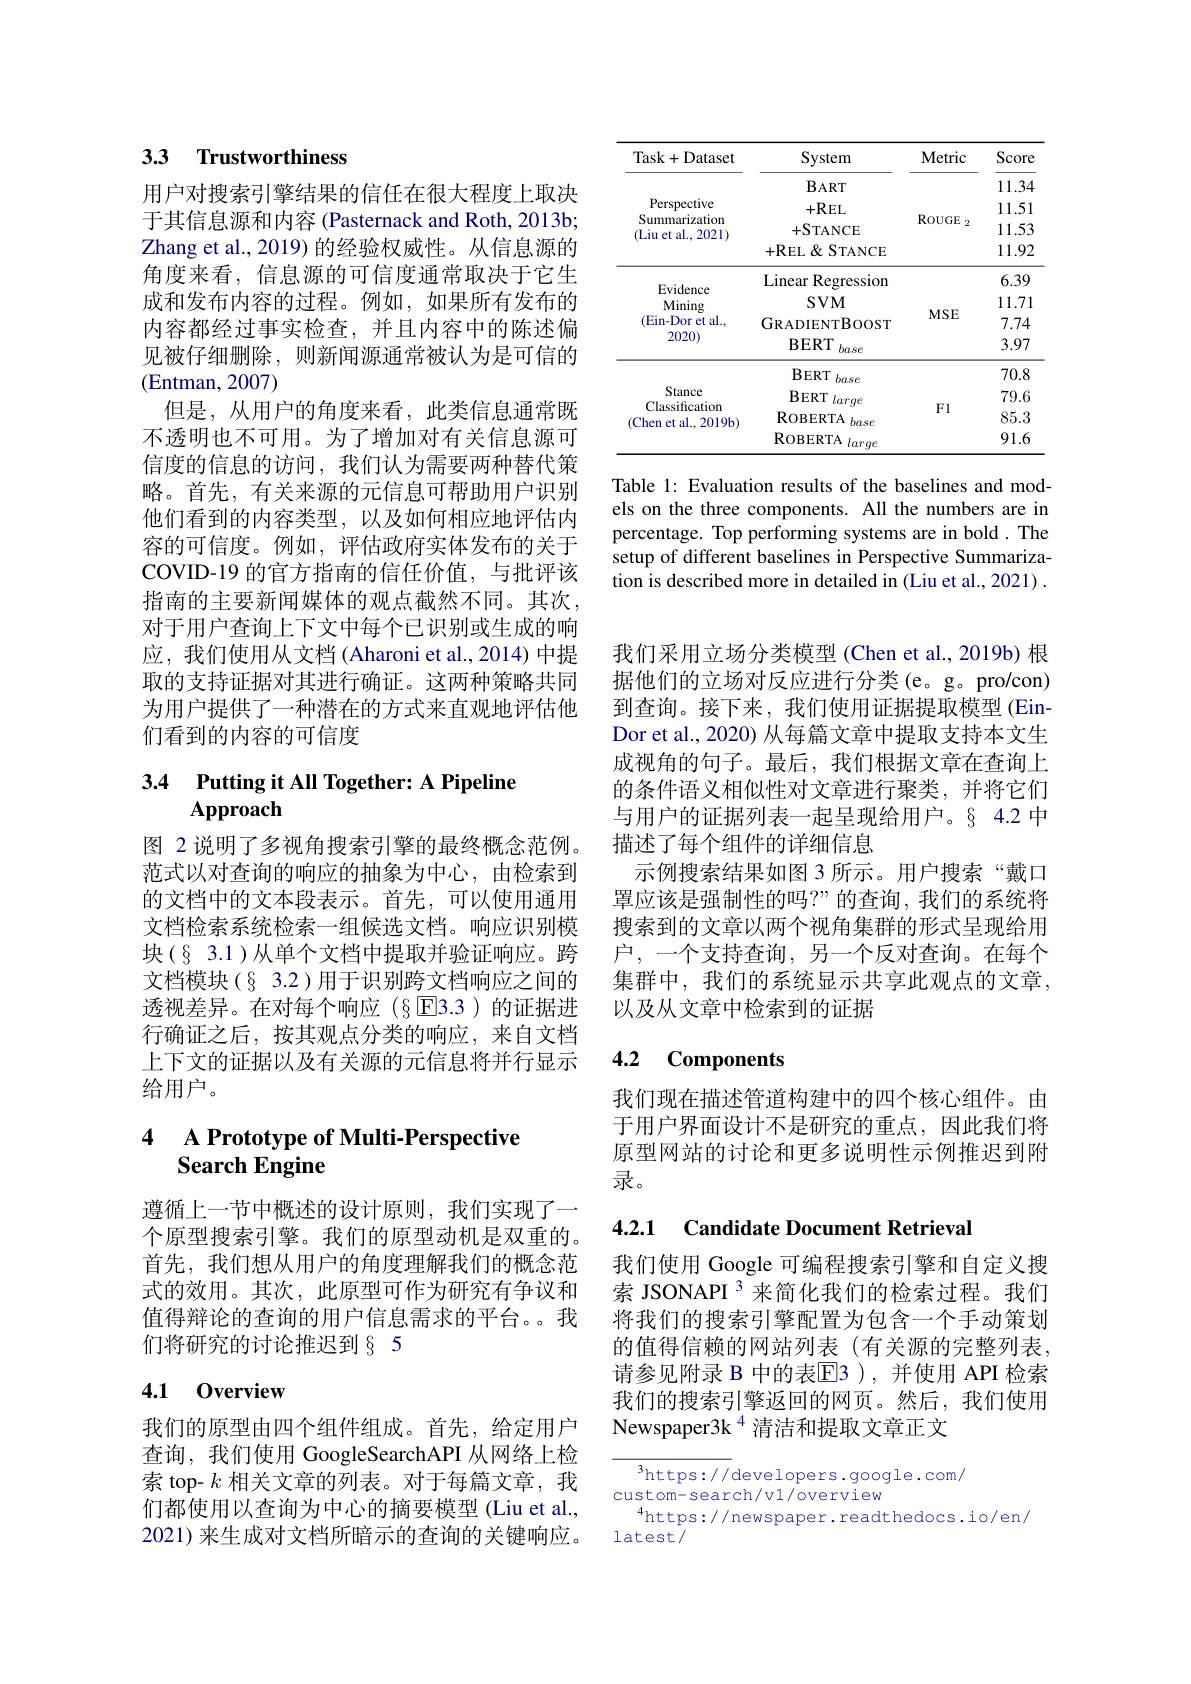
## 3.3 Trustworthiness

用户对搜索引擎结果的信任在很大程度上取决于其信息源和内容 (Pasternack and Roth, 2013b; Zhang et al., 2019) 的经验权威性。从信息源的角度来看，信息源的可信度通常取决于它生成和发布内容的过程。例如，如果所有发布的内容都经过事实检查，并且内容中的陈述偏见被仔细删除，则新闻源通常被认为是可信的(Entman, 2007)
但是，从用户的角度来看，此类信息通常既不透明也不可用。为了增加对有关信息源可信度的信息的访问，我们认为需要两种替代策略。首先，有关来源的元信息可帮助用户识别他们看到的内容类型，以及如何相应地评估内容的可信度。例如，评估政府实体发布的关于COVID-19 的官方指南的信任价值，与批评该指南的主要新闻媒体的观点截然不同。其次， 对于用户查询上下文中每个已识别或生成的响应，我们使用从文档(Aharoni et al.,2014)中提取的支持证据对其进行确证。这两种策略共同为用户提供了一种潜在的方式来直观地评估他们看到的内容的可信度

## 3.4 Putting it All Together: A Pipeline Approach

图 2 说明了多视角搜索引擎的最终概念范例。范式以对查询的响应的抽象为中心，由检索到的文档中的文本段表示。首先，可以使用通用文档检索系统检索一组候选文档。响应识别模块(§ 3.1)从单个文档中提取并验证响应。跨文档模块(§ 3.2)用于识别跨文档响应之间的透视差异。在对每个响应(§ $\overline{\mathrm{E}}$3.3)的证据进行确证之后，按其观点分类的响应，来自文档上下文的证据以及有关源的元信息将并行显示给用户。

### 4 A Prototype of Multi-Perspective Search Engine

遵循上一节中概述的设计原则，我们实现了一个原型搜索引擎。我们的原型动机是双重的。首先，我们想从用户的角度理解我们的概念范式的效用。其次，此原型可作为研究有争议和值得辩论的查询的用户信息需求的平台。我们将研究的讨论推迟到§ 5

## 4.1 0verview

我们的原型由四个组件组成。首先，给定用户查询，我们使用 GoogleSearchAPI 从网络上检索 top- $k$相关文章的列表。对于每篇文章，我们都使用以查询为中心的摘要模型(Liu et al., 2021) 来生成对文档所暗示的查询的关键响应。

<table>
	<tbody>
		<tr>
			<th>Task+ Dataset</th>
			<th>System</th>
			<th>Metric</th>
			<th>Score</th>
		</tr>
		<tr>
			<td rowspan="4">Perspective Summarization (Liu et al., 2021)</td>
			<td>$BART$</td>
			<td rowspan="4">$\operatorname{ROUGE}_{2}$</td>
			<td>11.34</td>
		</tr>
		<tr>
			<td>+REL</td>
			<td>11.51</td>
		</tr>
		<tr>
			<td>$+STANCE$</td>
			<td>11.53</td>
		</tr>
		<tr>
			<td>+REL$\&$STANCE</td>
			<td>11.92</td>
		</tr>
		<tr>
			<td> </td>
			<td>Linear E Regression</td>
			<td> </td>
			<td>6.39</td>
		</tr>
		<tr>
			<td>Mining</td>
			<td>$SVM$</td>
			<td> </td>
			<td>11.71</td>
		</tr>
		<tr>
			<td rowspan="2">(Ein-Dor et al. 2020)</td>
			<td>GRADIENTBOOST</td>
			<td>$\mathbf{VISE}$</td>
			<td>7.74</td>
		</tr>
		<tr>
			<td>$\mathbf{BERT}$ base</td>
			<td> </td>
			<td>3.97</td>
		</tr>
		<tr>
			<td rowspan="4">Stance Classification (Chen et al.,2019b)</td>
			<td>$BERT$ base</td>
			<td rowspan="4">Fl</td>
			<td>70.8</td>
		</tr>
		<tr>
			<td>$BERT$ 1 large</td>
			<td>79.6</td>
		</tr>
		<tr>
			<td>ROBERTA base</td>
			<td>85.3</td>
		</tr>
		<tr>
			<td>$\operatorname{ROBERTA}$ larq</td>
			<td>91.6</td>
		</tr>
	</tbody>
</table>

Table 1: Evaluation results of the baselines and models on the three components. All the numbers are in percentage. Top performing systems are in bold . The setup of different baselines in Perspective Summarization is described more in detailed in (Liu et al., 2021) .

我们采用立场分类模型(Chen et al.,2019b) 根据他们的立场对反应进行分类(e。g。pro/con) 到查询。接下来，我们使用证据提取模型 (EinDor et al., 2020) 从每篇文章中提取支持本文生成视角的句子。最后，我们根据文章在查询上的条件语义相似性对文章进行聚类，并将它们与用户的证据列表一起呈现给用户。§ 4.2 中描述了每个组件的详细信息
示例搜索结果如图 3 所示。用户搜索“戴口罩应该是强制性的吗？”的查询，我们的系统将搜索到的文章以两个视角集群的形式呈现给用户，一个支持查询，另一个反对查询。在每个集群中，我们的系统显示共享此观点的文章， 以及从文章中检索到的证据

### 4.2 Components

我们现在描述管道构建中的四个核心组件。由于用户界面设计不是研究的重点，因此我们将原型网站的讨论和更多说明性示例推迟到附录。

4.2.1 Candidate Document Retrieval

我们使用 Google 可编程搜索引擎和自定义搜索 JSONAPI 3 来简化我们的检索过程。我们将我们的搜索引擎配置为包含一个手动策划的值得信赖的网站列表(有关源的完整列表， 请参见附录 B 中的表$\mathbb{E}$3 ),并使用 API 检索我们的搜索引擎返回的网页。然后，我们使用Newspaper3k $^{4}$清洁和提取文章正文

$^3$https://developers.google.com/
custom-search/v1/overview
$^{4}$https://newspaper.readthedocs.io/en/
latest/